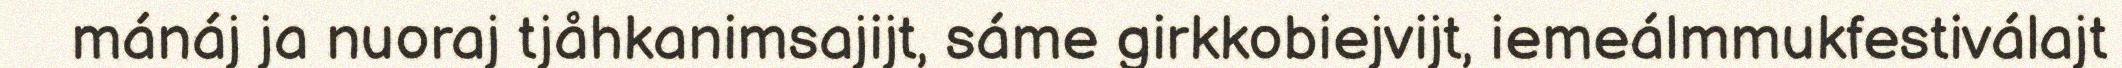
mánáj ja nuoraj tjåhkanimsajijt, sáme girkkobiejvijt, iemeálmmukfestiválajt